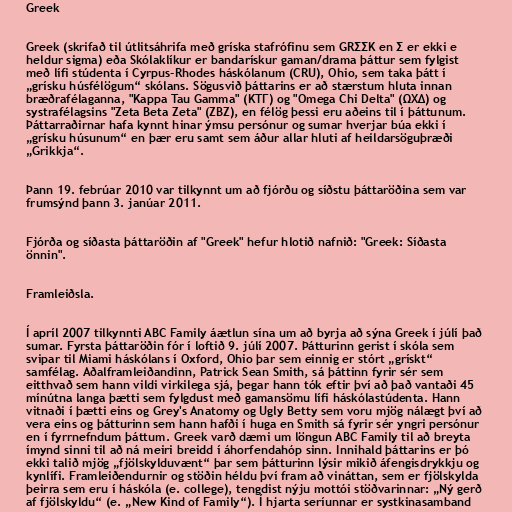
Greek

Greek (skrifað til útlitsáhrifa með gríska stafrófinu sem GRΣΣK en Σ er ekki e
heldur sigma) eða Skólaklíkur er bandarískur gaman/drama þáttur sem fylgist
með lífi stúdenta í Cyrpus-Rhodes háskólanum (CRU), Ohio, sem taka þátt í
„grísku húsfélögum“ skólans. Sögusvið þáttarins er að stærstum hluta innan
bræðrafélaganna, "Kappa Tau Gamma" (ΚΤΓ) og "Omega Chi Delta" (ΩΧΔ) og
systrafélagsins "Zeta Beta Zeta" (ZBZ), en félög þessi eru aðeins til í þáttunum.
Þáttarraðirnar hafa kynnt hinar ýmsu persónur og sumar hverjar búa ekki í
„grísku húsunum“ en þær eru samt sem áður allar hluti af heildarsöguþræði
„Grikkja“.

Þann 19. febrúar 2010 var tilkynnt um að fjórðu og síðstu þáttaröðina sem var
frumsýnd þann 3. janúar 2011.

Fjórða og síðasta þáttaröðin af "Greek" hefur hlotið nafnið: "Greek: Síðasta
önnin".

Framleiðsla.

Í apríl 2007 tilkynnti ABC Family áætlun sína um að byrja að sýna Greek í júlí það
sumar. Fyrsta þáttaröðin fór í loftið 9. júlí 2007. Þátturinn gerist í skóla sem
svipar til Miami háskólans í Oxford, Ohio þar sem einnig er stórt „grískt“
samfélag. Aðalframleiðandinn, Patrick Sean Smith, sá þáttinn fyrir sér sem
eitthvað sem hann vildi virkilega sjá, þegar hann tók eftir því að það vantaði 45
mínútna langa þætti sem fylgdust með gamansömu lífi háskólastúdenta. Hann
vitnaði í þætti eins og Grey's Anatomy og Ugly Betty sem voru mjög nálægt því að
vera eins og þátturinn sem hann hafði í huga en Smith sá fyrir sér yngri persónur
en í fyrrnefndum þáttum. Greek varð dæmi um löngun ABC Family til að breyta
ímynd sinni til að ná meiri breidd í áhorfendahóp sinn. Innihald þáttarins er þó
ekki talið mjög „fjölskylduvænt“ þar sem þátturinn lýsir mikið áfengisdrykkju og
kynlífi. Framleiðendurnir og stöðin héldu því fram að vináttan, sem er fjölskylda
þeirra sem eru í háskóla (e. college), tengdist nýju mottói stöðvarinnar: „Ný gerð
af fjölskyldu“ (e. „New Kind of Family“). Í hjarta seríunnar er systkinasamband